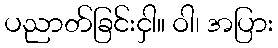
ပညာတ်ခြင်းငှါ။ ဝါ၊ အပြား